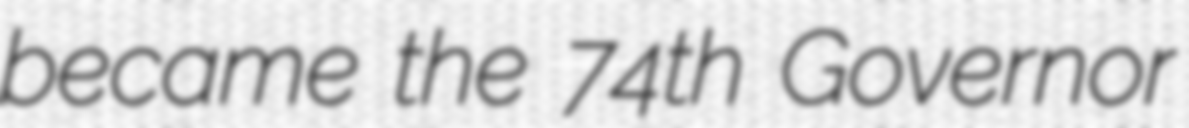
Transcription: became the 74th Governor